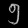
Digit: ၅